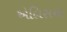
એલિસના